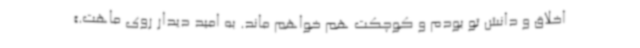
اخلاق و دانش تو بودم و کوچکت هم خواهم ماند. به امید دیدار روی ماهت.»